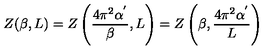
Z ( \beta , L ) = Z \left( \frac { 4 \pi ^ { 2 } \alpha ^ { ' } } { \beta } , L \right) = Z \left( \beta , \frac { 4 \pi ^ { 2 } \alpha ^ { ' } } { L } \right)